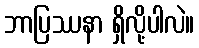
ဘာပြဿနာ ရှိလို့ပါလဲ။